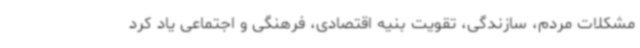
مشکلات مردم، سازندگی، تقویت بنیه اقتصادی، فرهنگی و اجتماعی یاد کرد